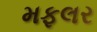
મફલર